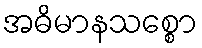
အဓိမာနသစ္စော